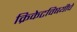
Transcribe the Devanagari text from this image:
क्रिकेटविषयीचे